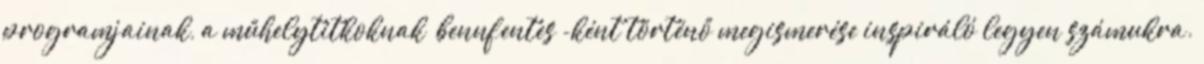
programjainak, a műhelytitkoknak „bennfentes”-ként történő megismerése inspiráló legyen számukra.